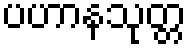
ပဟာနသုတ္တ